Lock hospitals Punjab
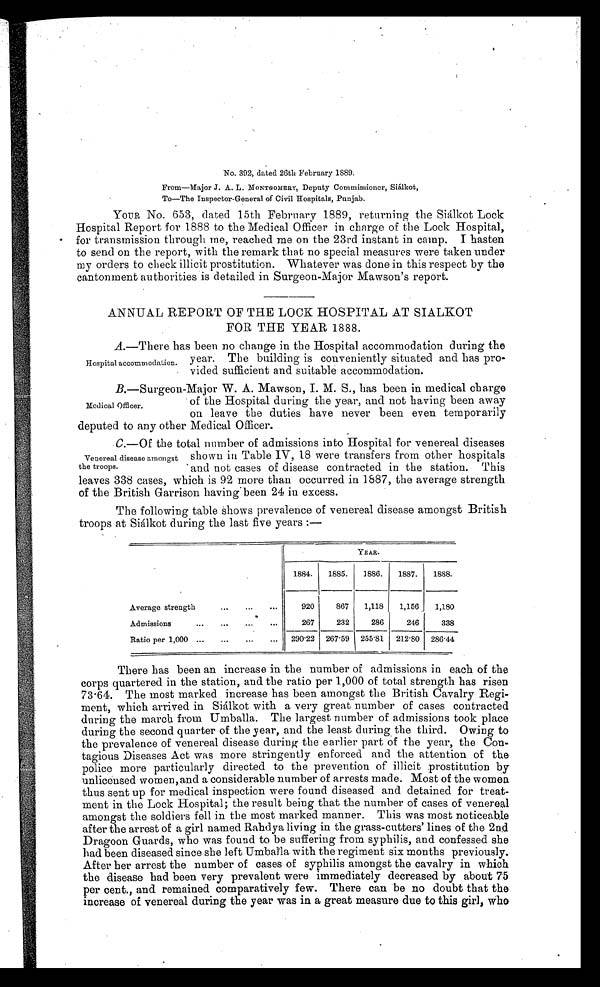
No. 392, dated 26th February 1889.
From—Major J. A. L. MONTGOMERY, Deputy Commissioner, Siálkot,
To—The Inspector-General of Civil Hospitals, Punjab.
YOUR No. 653, dated 15th February 1889, returning the Siálkot Lock
Hospital Report for 1888 to the Medical Officer in charge of tile Lock Hospital,
for transmission through me, reached me on the 23rd instant in camp. I hasten
to send on the report, with the remark that no special measures were taken under
my orders to check illicit prostitution. Whatever was done in this respect by the
cantonment authorities is detailed in Surgeon-Major Mawson's report.
ANNUAL REPORT OF THE LOCK HOSPITAL AT SIALKOT
FOR THE YEAR 1888.
A.—There has been no change in the Hospital accommodation during the
Year. The building is conveniently situated and has pro-
Hospital accommodation.
vided sufficient and suitable accommodation.
B.—Surgeon-Major W. A. Mawson, I. M. S., has been in medical charge
of the Hospital during the year, and not having been away
Medical OFFicer.
on leave the duties have never been even temporarily
deputed to any other Medical Officer.
C.—Of the total number of admissions into Hospital for venereal diseases
Venereal disease amongst shown in Table IV , 18 were transfers from other hospitals
the troops. and not cases of disease contracted in the station. This
leaves 338 cases, which is 92 more than occurred in 1887, the average strength
of the British Garrison having been 24 in excess.
The following table shows prevalence of venereal disease amongst British
troops at Siálkot during the last five years:—
YEAR.
1884.
1885.
1886.
1887.
1888.
Average strength
920
867
1,118
1,156 1,180
Admissions
267
232
286
246
338
Ratio per 1,000
290.22 267.59 255.81
212.80 286.44
There has been an increase in the number of admissions in each of the
corps quartered in the station, and the ratio per 1,000 of total strength has risen
73.64. The most marked increase has been amongst the British Cavalry Regi-
ment, which arrived in Siálkot with a very great number of cases contracted
during the march from Umballa. The largest number of admissions took place
during the second quarter of the year, and the least during the third. Owing to
the prevalence of venereal disease during the earlier part of the year, the Con-
tagious Diseases Act was more stringently enforced and the attention of the
police more particularly directed to the prevention of illicit prostitution by
unlicensed women, and a considerable number of arrests made. Most of the women
thus sent up for medical inspection were found diseased and detained for treat-
ment in the Lock Hospital; the result being that the number of cases of venereal
amongst the soldiers fell in the most marked manner. This was most noticeable
after the arrest of a girl named Randya living in. the grass-cutters' lines of the 2nd
Dragoon Guards, who was found to be suffering from syphilis, and confessed she
had been diseased since she left Umballa with the regiment six months previously.
After her arrest the number of cases of syphilis amongst the cavalry in which
the disease had been very prevalent were immediately decreased by about 75
per cent., and remained comparatively few. There can be no doubt that the
increase of venereal during the year was in a great measure due to this girl, Who